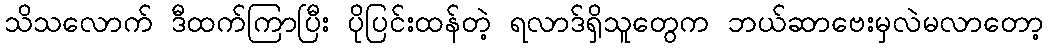
သိသလောက် ဒီထက်ကြာပြီး ပိုပြင်းထန်တဲ့ ရလာဒ်ရှိသူတွေက ဘယ်ဆာဗေးမှလဲမလာတော့